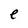
Character: e